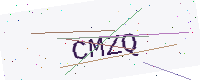
Text: CMZQ